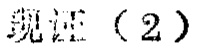
  验证（2）